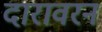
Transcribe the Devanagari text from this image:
दारावरनं